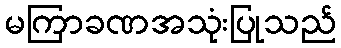
မကြာခဏအသုံးပြုသည်